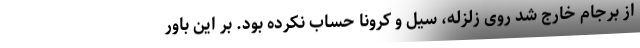
از برجام خارج شد روی زلزله، سیل و کرونا حساب نکرده بود. بر این باور